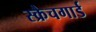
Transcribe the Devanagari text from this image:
स्क्रैचगार्ड